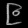
Digit: ၉